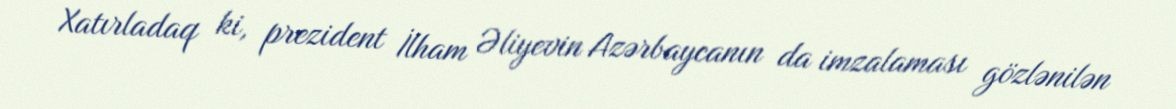
Xatırladaq ki, prezident İlham Əliyevin Azərbaycanın da imzalaması gözlənilən